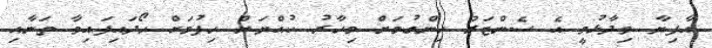
އާފިޔާ ވިދާޅުވީ އެ ސެންޓަރު ހިންގުމަށް މިހާރު ކުއްޔަށް ހިފުމަށް ހޯދައިފައިވާ ތަނާއި